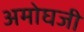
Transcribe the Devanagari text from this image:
अमोघजी